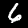
Digit: 6